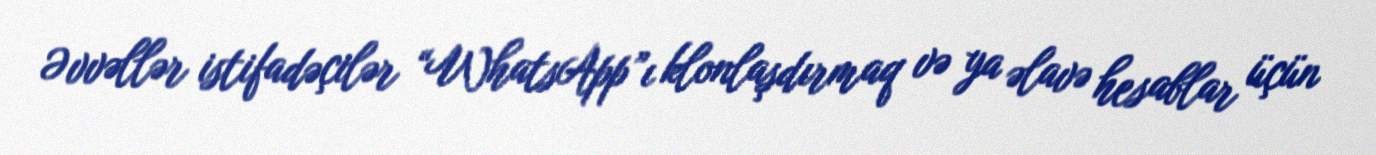
Əvvəllər istifadəçilər “WhatsApp”ı klonlaşdırmaq və ya əlavə hesablar üçün